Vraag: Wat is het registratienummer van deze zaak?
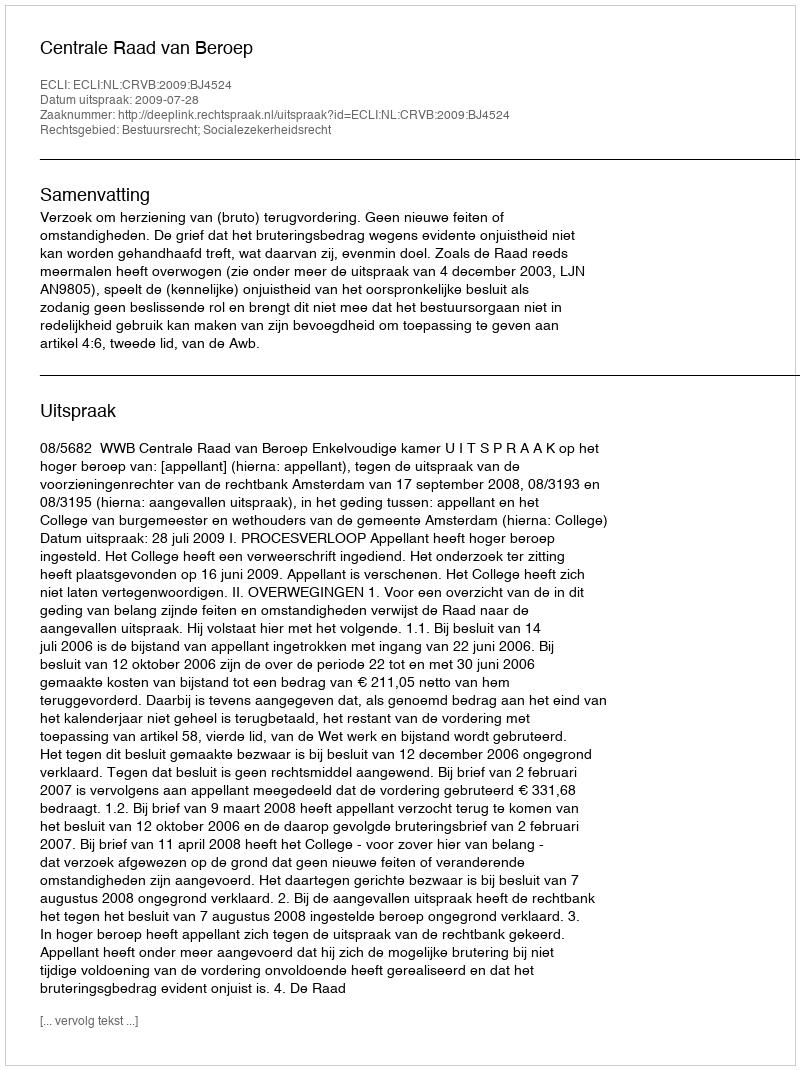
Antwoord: http://deeplink.rechtspraak.nl/uitspraak?id=ECLI:NL:CRVB:2009:BJ4524